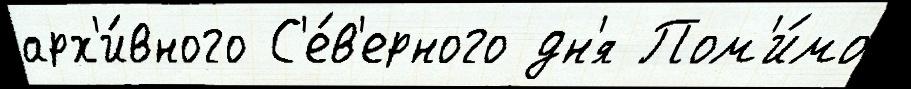
арх'и́вного С'е́в'ерного дн'я Пом'и́мо